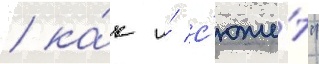
/ ка́к и́ с'юже́т"